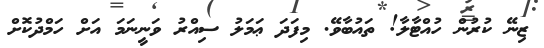
ޒިނޭ ކުރުން ހުއްޓާލާ! ތައުބާވޭ. މިފަދަ ޢަމަލު ސިއްރު ވަނީނަމަ އަށް ހަމްދުކޮށް